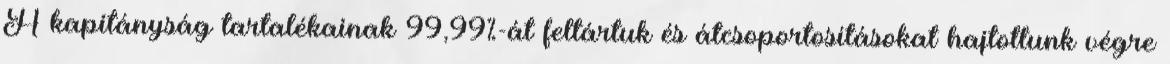
A kapitányság tartalékainak 99,99%-át feltártuk és átcsoportosításokat hajtottunk végre